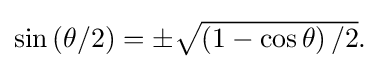
{\textstyle \sin \left(\theta /2\right)=\pm {\sqrt {\left(1-\cos \theta \right)/2}}.}